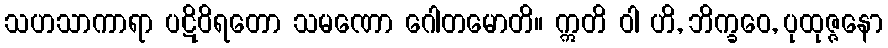
သဟသာကာရာ ပဋိဝိရတော သမဏော ဂေါတမောတိ။ ဣတိ ဝါ ဟိ, ဘိက္ခဝေ, ပုထုဇ္ဇနော